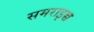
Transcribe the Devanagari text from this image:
समराइच्च